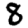
Digit: 8